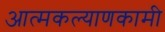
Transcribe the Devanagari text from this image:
आत्मकल्याणकामी